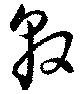
敦